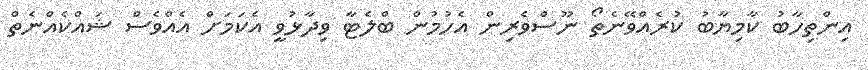
އިންތިހާބު ކާމިޔާބު ކުރެއްވޭނެތޯ ނޫސްވެރިން އެހުމުން ބްލެޓާ ވިދާޅުވީ އެކަމަށް އެއްވެސް ޝައްކެއްނެތް